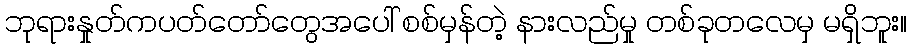
ဘုရားနှုတ်ကပတ်တော်တွေအပေါ် စစ်မှန်တဲ့ နားလည်မှု တစ်ခုတလေမှ မရှိဘူး။